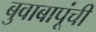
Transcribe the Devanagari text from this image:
बुवाबापूंची